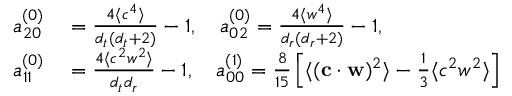
\begin{array} { r l } { { a _ { 2 0 } ^ { ( 0 ) } } } & { { } = \frac { 4 \langle c ^ { 4 } \rangle } { { d _ { t } } ( { d _ { t } } + 2 ) } - 1 , \quad { a _ { 0 2 } ^ { ( 0 ) } } = \frac { 4 \langle w ^ { 4 } \rangle } { { d _ { r } } ( { d _ { r } } + 2 ) } - 1 , } \\ { { a _ { 1 1 } ^ { ( 0 ) } } } & { { } = \frac { 4 \langle c ^ { 2 } w ^ { 2 } \rangle } { { d _ { t } } { d _ { r } } } - 1 , \quad { a _ { 0 0 } ^ { ( 1 ) } } = \frac { 8 } { 1 5 } \left[ \langle ( \mathbf { c } \cdot \mathbf { w } ) ^ { 2 } \rangle - \frac { 1 } { 3 } \langle c ^ { 2 } w ^ { 2 } \rangle \right] } \end{array}